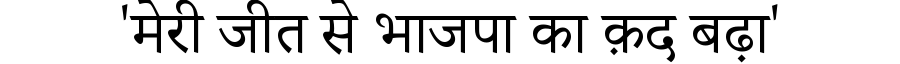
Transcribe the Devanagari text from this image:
'मेरी जीत से भाजपा का क़द बढ़ा'